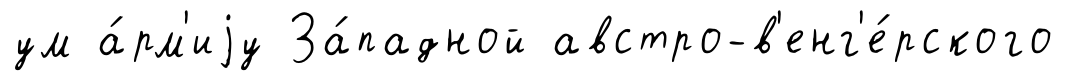
ум а́рм'иjу За́падной австро-в'енг'е́рского